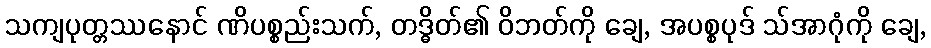
သကျပုတ္တဿနောင် ဏိပစ္စည်းသက်, တဒ္ဓိတ်၏ ဝိဘတ်ကို ချေ, အပစ္စပုဒ် သ်အာဂုံကို ချေ,